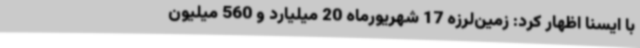
با ایسنا اظهار کرد: زمین‌لرزه 17 شهریورماه 20 میلیارد و 560 میلیون